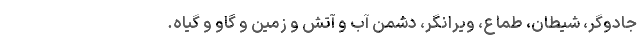
جادوگر، شیطان، طماع، ویرانگر، دشمن آب و آتش و زمین و گاو و گیاه.